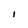
Character: I